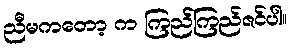
ညီမကတော့ က ကြည်ကြည်ဇင်ပါ။